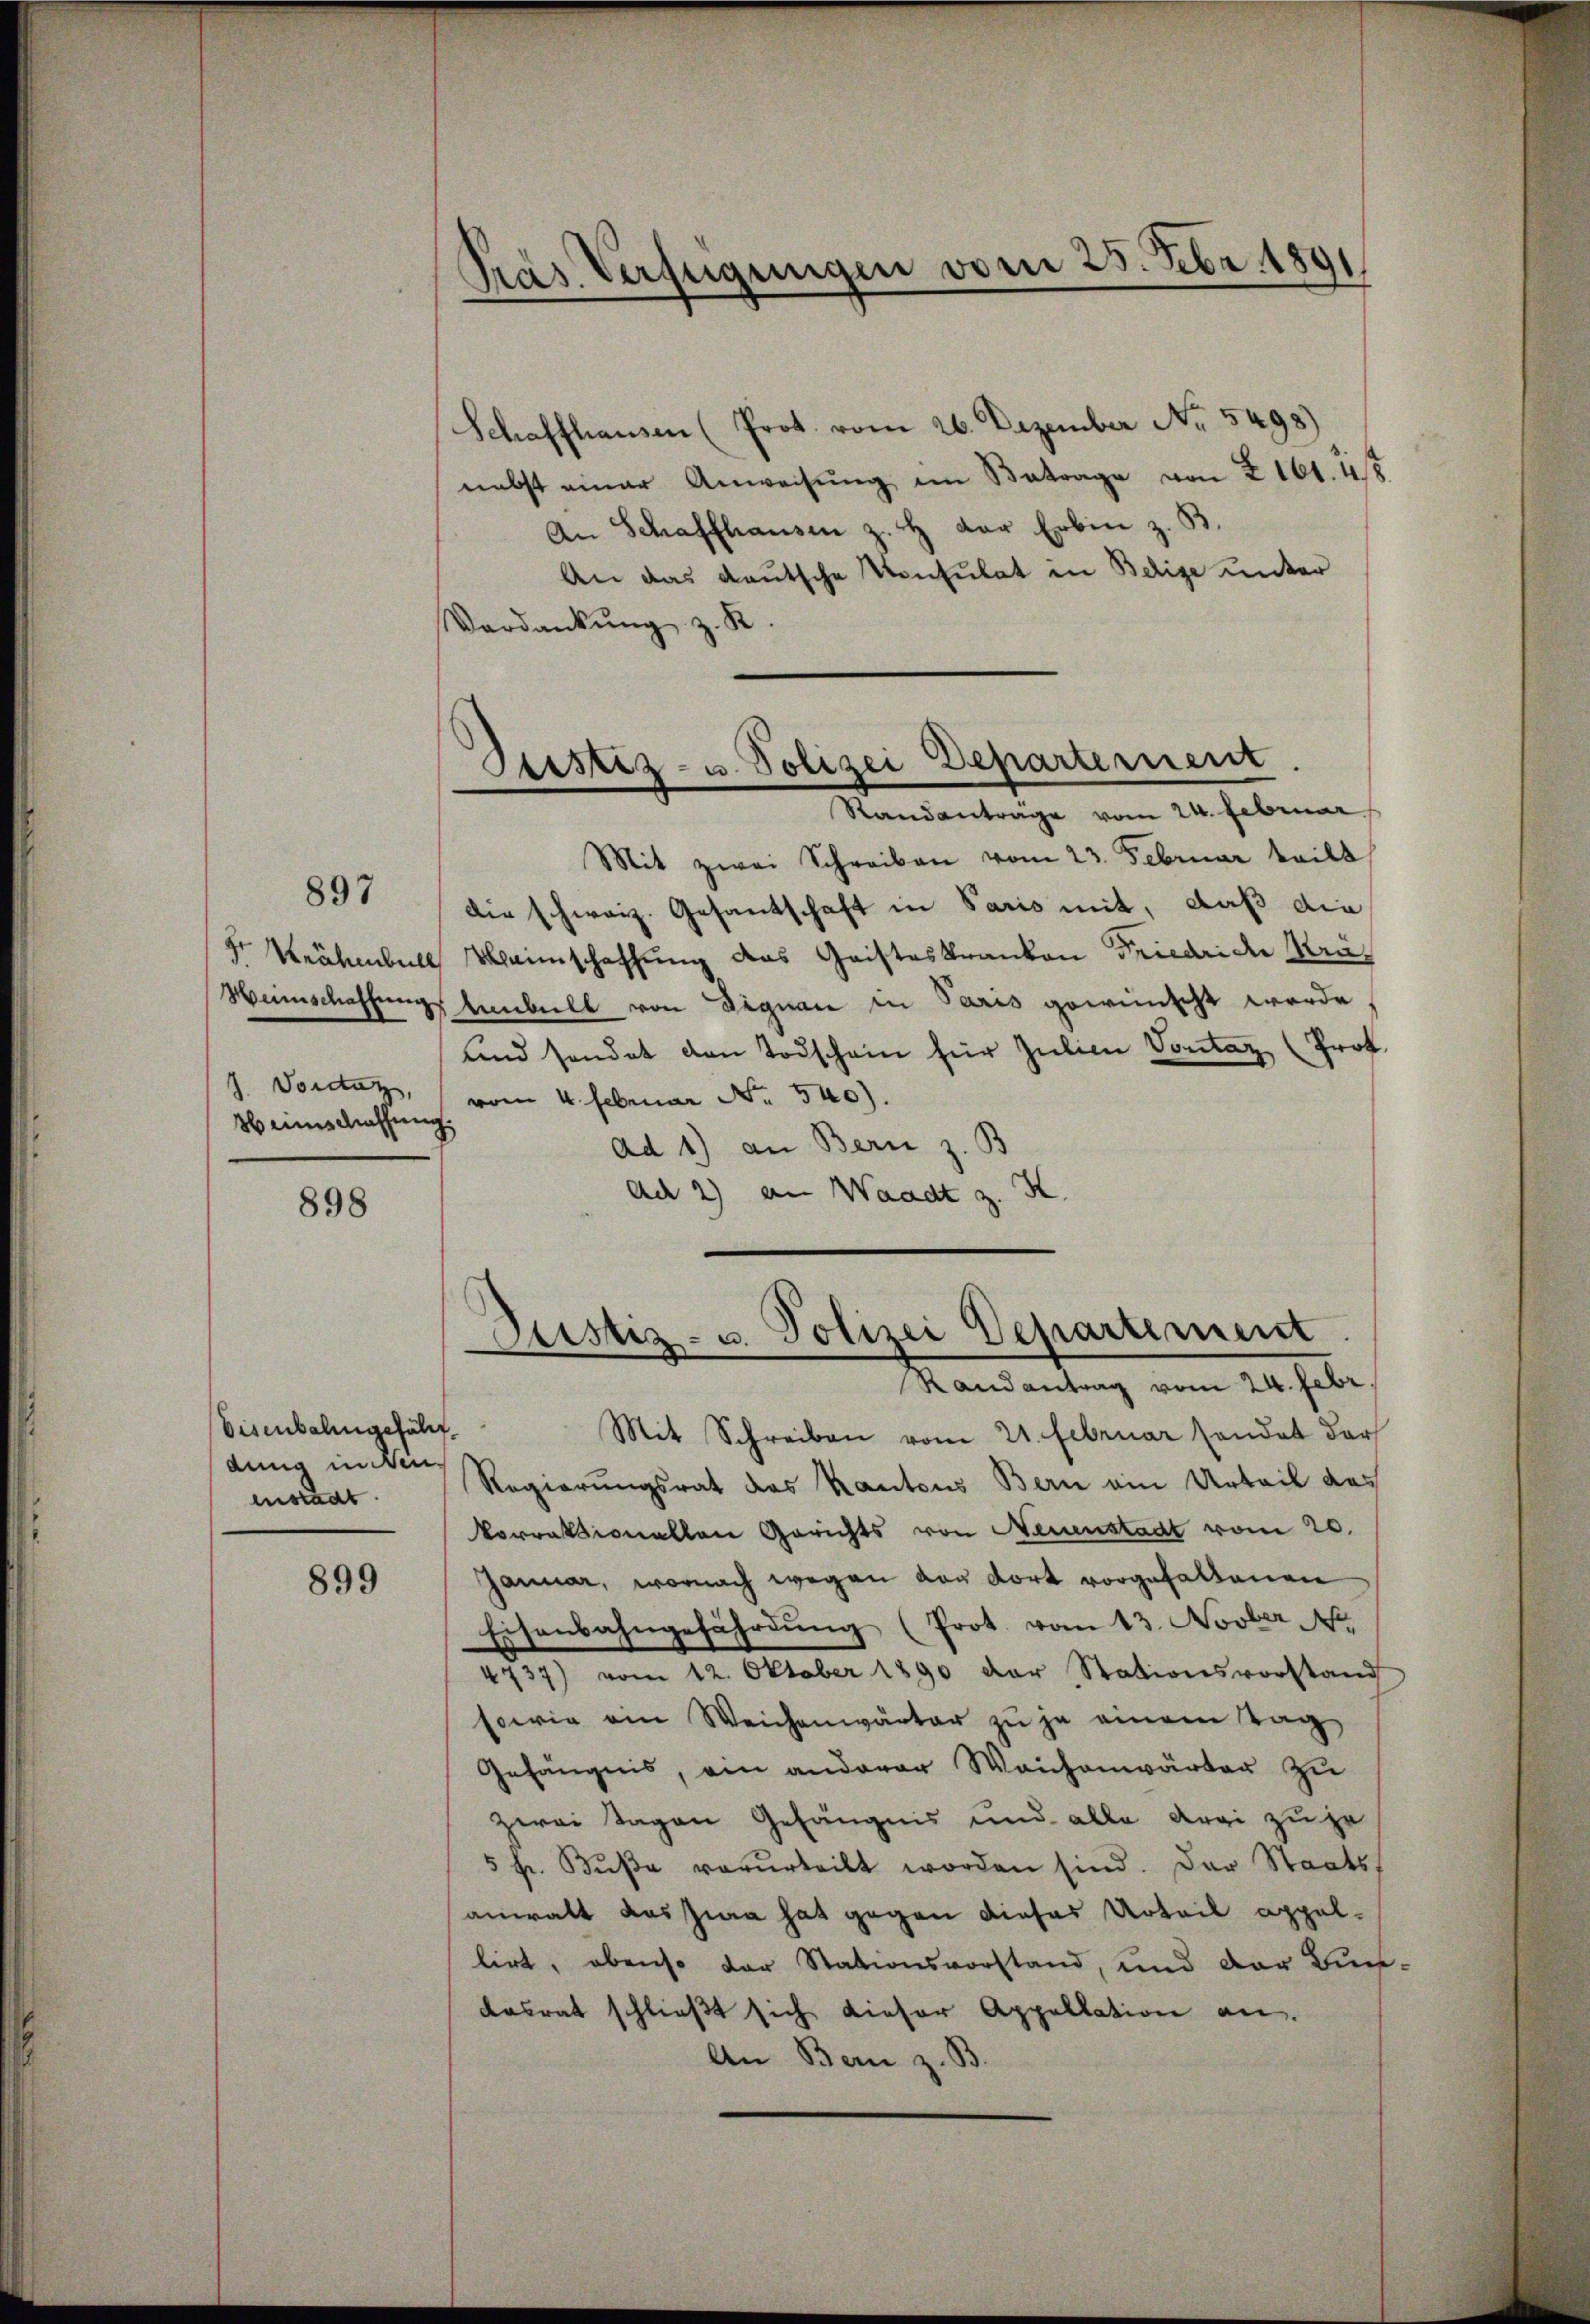
897

86 einschaffung

898

Eisenbalingefällt.
dung in Neuenstadt.

899

Pras Verfügungen vom 25. Febr. 1891

Schaffhausen (Prot. vom 26. Dezember Nr. 5498)
nebst einer Anweisŭng im Betrage von Z 161. 45
An Schaffhausen z. B. der Erbin z. B.
An das deutsche Konsulat in Belige unter
Verdankŭng z. R.
Mit zwei Schreiben vom 23. Februar teilt
die schweiz. Gesantschaft in Paris mit, daß die
 Krähenball Meinschaffung das Geisteskranken Friedrid Krä¬
Heimschaffungstenbeill von Dignare in Paris geweinscht werde
und sondet den Todschein für Julien Vontag (Prof.
J. Vorsatz, vom 4. Februar N. 540).
Ad 1) an Bern z. B
Ad 2) an Waadt z. K.
Puistiz- u. Polizei Departement

Mit Schreiben vom 21. Februar sondet der
Regierungsrat des Kantons Bern ein Urteil des
Vorraktionallen Gerichts von Neuenstadt vom 20.
Januar, wornach wegen von dort vorgefallenen
Eisenbahngefährdung (Prot. vom 13. Novber Nr.
4737) vom 12. Oktober 1890 der Stationsvorstand
sowie ein Weichenwärter zu je einem Tag
Gefängnis, ein anderer Weichenwärter zu
zwei Tagen Gefängnis und alle Argi zu ze
5 fr. Bŭβe vorurteilt worden sind. Der Staatsanwalt das Jura hat gegen dieses Urteil appellirt, obenso der Stationsvorstand, und der Bun-
dasrat schließt sich dieser Appellation an.
An Bern z. B.

Justiz- u. Polizei Departement.
Randanträge vom 24. Februar

Randantrag vom 24. Febr.